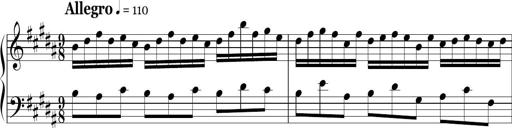
Title: Ten Piano Sonatinas
Composer: Andreas Sain